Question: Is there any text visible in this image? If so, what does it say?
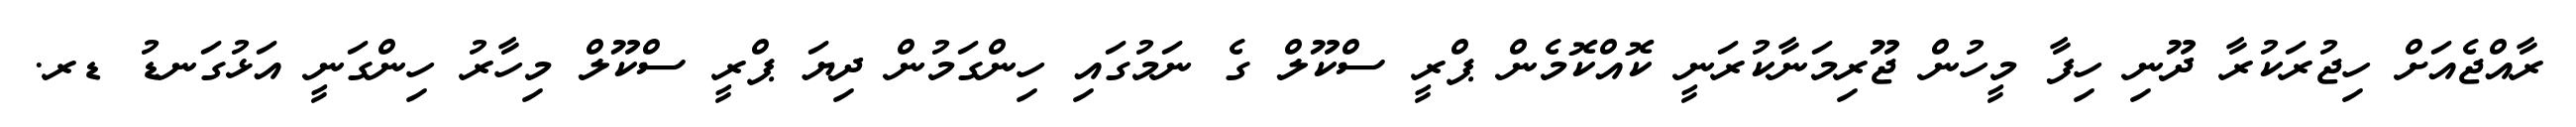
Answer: ރާއްޖެއަށް ހިޖުރަކުރާ ދޫނި ހިފާ މީހުން ޖޫރިމަނާކުރަނީ ކޮއްކޮމެން ޕްރީ ސްކޫލް ގެ ނަމުގައި ހިންގަމުން ދިޔަ ޕްރީ ސްކޫލް މިހާރު ހިންގަނީ އަޅުގަނޑު ޑރ.